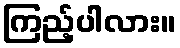
ကြည့်ပါလား။